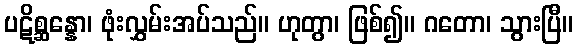
ပဋိစ္ဆန္နော၊ ဖုံးလွှမ်းအပ်သည်။ ဟုတွာ၊ ဖြစ်၍။ ဂတော၊ သွားပြီ။